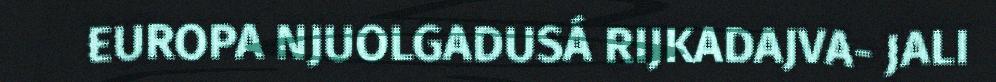
EUROPA NJUOLGADUSÁ RIJKADAJVA- JALI